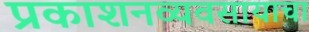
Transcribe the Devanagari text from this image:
प्रकाशनव्यवसायाचा